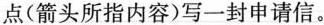
点(箭头所指内容)写一封申请信.